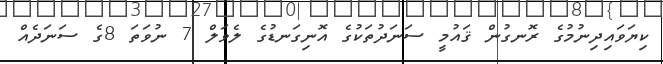
ކިޔަވައިދިނުމުގެ ރޮނގުން ޤައުމީ ސަނަދުތަކުގެ އޮނިގަނޑުގެ ލެވަލް 7 ނުވަތަ 8ގެ ސަނަދެއް